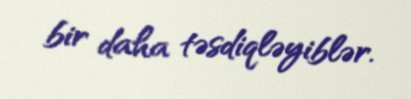
bir daha təsdiqləyiblər.